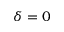
\delta = 0